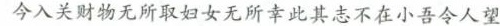
今入关财物无所取妇女无所幸此其志不在小吾令人望